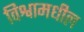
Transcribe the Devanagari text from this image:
विश्वामधील